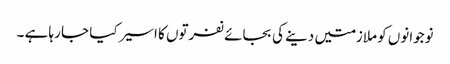
نوجوانوں کو ملازمتیں دینے کی بجائے نفرتوں کا اسیر کیا جا رہا ہے ۔